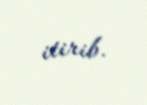
itirib.